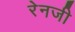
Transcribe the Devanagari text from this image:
रेनजी